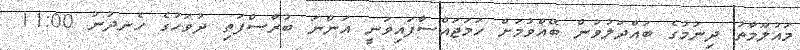
މައުލޫމާތު ދިނުމުގެ ބައްދަލުވުން ބޭއްވުމަށް ހަމަޖައްސާފައިވަނީ އަންނަ ބުރާސްފަތި ދުވަހުގެ ހެނދުނު 11:00